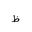
Letter: _za